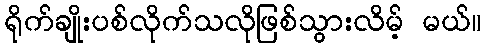
ရိုက်ချိုးပစ်လိုက်သလိုဖြစ်သွားလိမ့် မယ်။